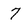
Character: 7